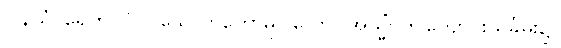
ပါနိယံ၊ ရေကို။ ပိဝ၊ သောက်တော်မူပါလော။ အသ္မိံ၊ ဤကျောင်းသင်္ခမ်း၌။